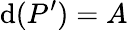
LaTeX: \mathrm{d}(P^{\prime})=A